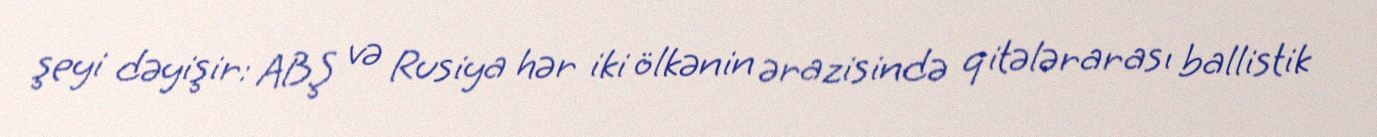
şeyi dəyişir: ABŞ və Rusiya hər iki ölkənin ərazisində qitələrarası ballistik